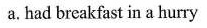
a.had breakfast in a hurry